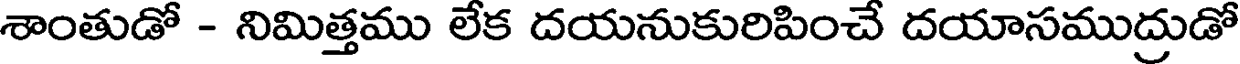
శాంతుడో - నిమిత్తము లేక దయనుకురిపించే దయాసముద్రుడో